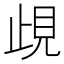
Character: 𧠛